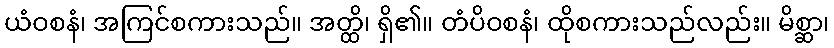
ယံဝစနံ၊ အကြင်စကားသည်။ အတ္ထိ၊ ရှိ၏။ တံပိဝစနံ၊ ထိုစကားသည်လည်း။ မိစ္ဆာ၊